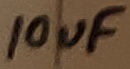
Text: 10uF